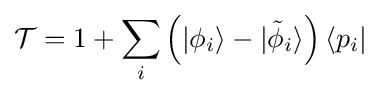
{\mathcal {T}}=1+\sum _{i}\left(|\phi _{i}\rangle -|{\tilde {\phi }}_{i}\rangle \right)\langle p_{i}|